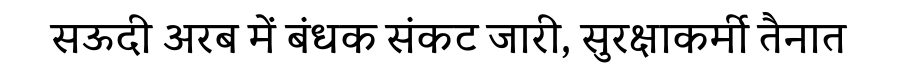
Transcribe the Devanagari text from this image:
सऊदी अरब में बंधक संकट जारी, सुरक्षाकर्मी तैनात